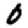
Digit: 0